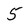
Character: 5